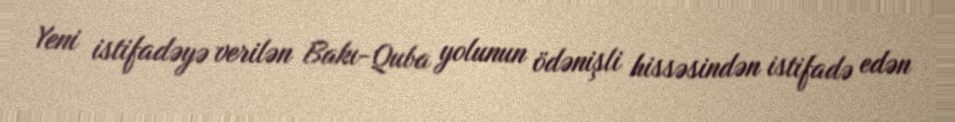
Yeni istifadəyə verilən Bakı-Quba yolunun ödənişli hissəsindən istifadə edən